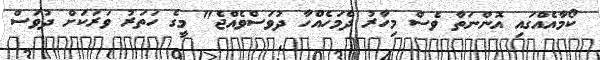
ކޯމާއެއްގައި އޮންނަތާ ވެސް މިހާރު ދެމަހެއްހާ ދުވަސްވެއްޖެ" މީގެ ހަތަރު ވަރަކަށް ދުވަސް